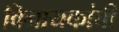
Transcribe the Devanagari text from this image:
विनायकांची